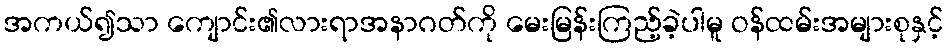
အကယ်၍သာ ကျောင်း၏လားရာအနာဂတ်ကို မေးမြန်းကြည့်ခဲ့ပါမူ ဝန်ထမ်းအများစုနှင့်